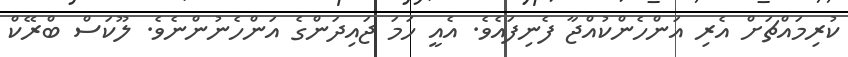
ކުރިމައްޗަށް އެރި އަންހެންކުއްޖާ ފެނިފައެވެ. އެއީ ހަމަ ޖައިދަންގެ އަންހެނުންނެވެ. ލޫކަސް ބްރޭކް